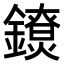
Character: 𨭼